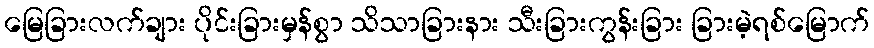
မြေခြားလက်ချား ပိုင်းခြားမှန်စွာ သိသာခြားနား သီးခြားကွန်းခြား ခြားမဲ့ရစ်မြောက်